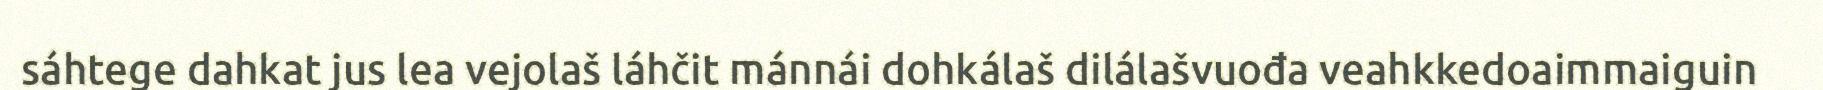
sáhtege dahkat jus lea vejolaš láhčit mánnái dohkálaš dilálašvuođa veahkkedoaimmaiguin